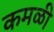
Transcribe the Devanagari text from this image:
कमळी